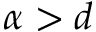
\alpha > d